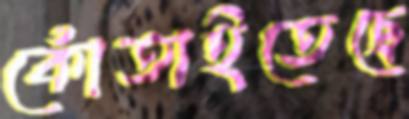
কোঁতাইতেছে